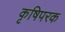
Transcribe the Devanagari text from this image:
कृषिपरक